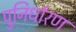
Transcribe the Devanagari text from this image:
पुनिर्धारण